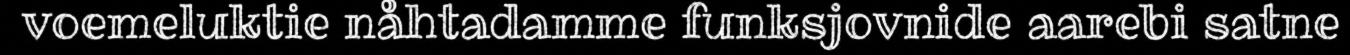
voemeluktie nåhtadamme funksjovnide aarebi satne